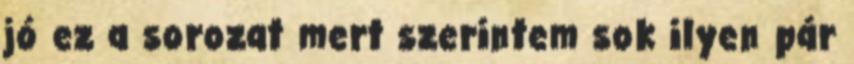
jó ez a sorozat mert szerintem sok ilyen pár